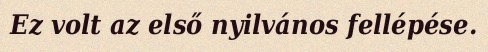
Ez volt az első nyilvános fellépése.